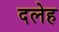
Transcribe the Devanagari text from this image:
दलेह